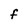
Character: F